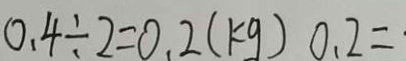
0 . 4 \div 2 = 0 . 2 ( k g ) 0 . 2 =